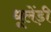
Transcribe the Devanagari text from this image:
धूलेंड़ी